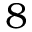
8